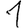
Digit: 1